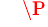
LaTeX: \ \ \ ^{\P}